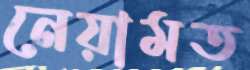
নেয়ামত